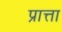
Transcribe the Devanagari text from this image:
प्रात्ता